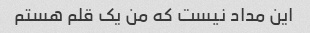
این مداد نیست که من یک قلم هستم